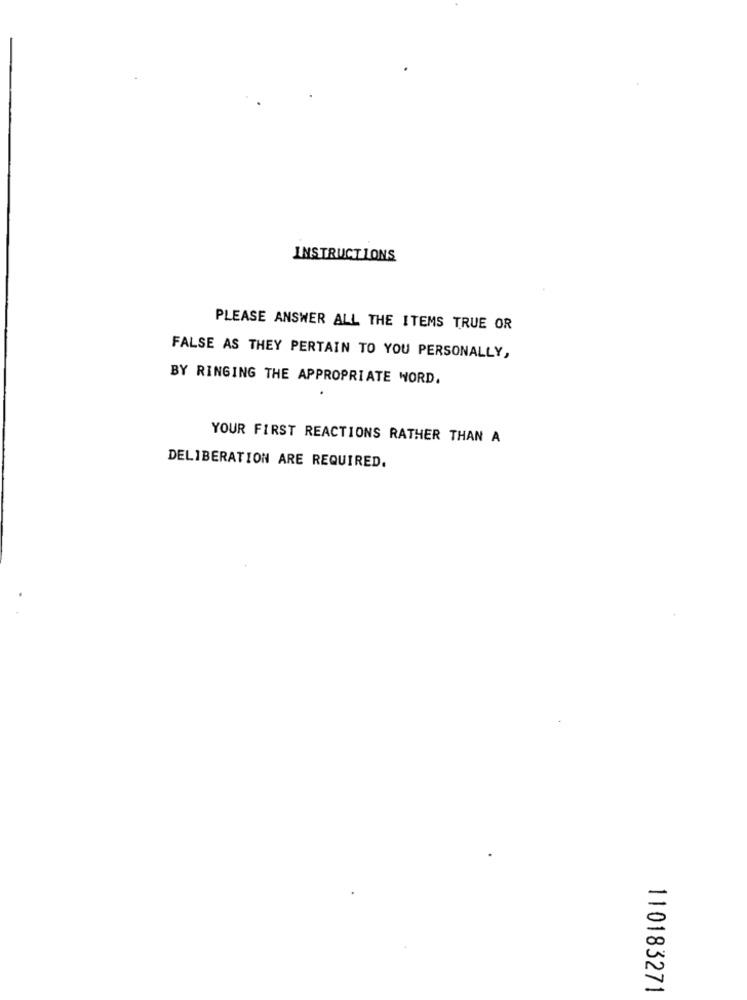
INSTRUCT LONS
PLEASE ANSWER ALL THE ITEMS TRUE OR
FALSE AS THEY PERTAIN TO YOU PERSONALLY,
BY RINGING THE APPROPRIATE WORD.
YOUR FIRST REACTIONS RATHER THAN A
DELIBERATION ARE REQUIRED.
110183271